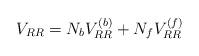
LaTeX: \begin{align*}V_{RR}=N_bV_{RR}^{(b)}+N_fV_{RR}^{(f)} \end{align*}